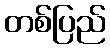
တစ်ပြည်